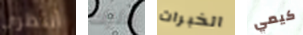
أنتظري عليك الخبرات كيمي